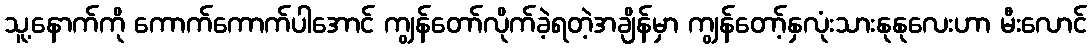
သူ့နောက်ကို ကောက်ကောက်ပါအောင် ကျွန်တော်လိုက်ခဲ့ရတဲ့အချိန်မှာ ကျွန်တော့်နှလုံးသားနုနုလေးဟာ မီးလောင်